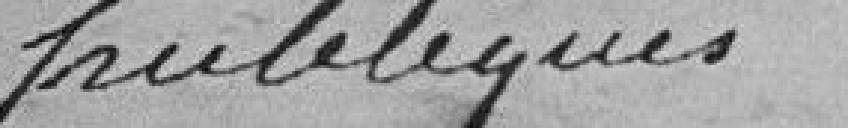
publiques